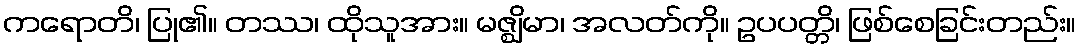
ကရောတိ၊ ပြု၏။ တဿ၊ ထိုသူအား။ မဇ္ဈိမာ၊ အလတ်ကို။ ဥပပတ္တိ၊ ဖြစ်စေခြင်းတည်း။